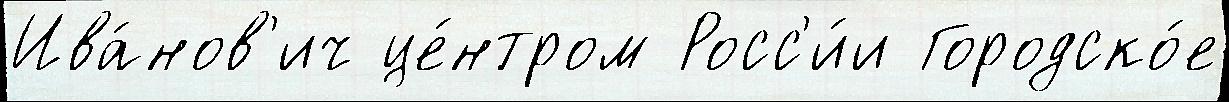
Ива́нов'ич це́нтром Росс'и́и Городско́е